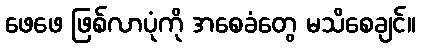
ဖေဖေ ဖြစ်လာပုံကို အစေခံတွေ မသိစေချင်။